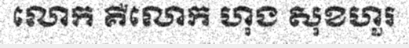
លោក គឺលោក ហុង សុខហួរ